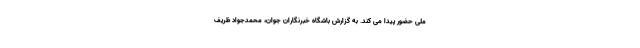
ملی حضور پیدا می کند. به گزارش باشگاه خبرنگاران جوان، محمدجواد ظریف